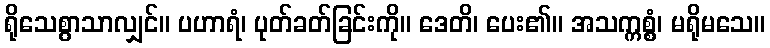
ရိုသေစွာသာလျှင်။ ပဟာရံ၊ ပုတ်ခတ်ခြင်းကို။ ဒေတိ၊ ပေး၏။ အသက္ကစ္စံ၊ မရိုမသေ။